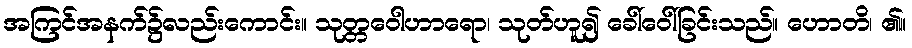
အကြင်အနက်၌လည်းကောင်း။ သုတ္တဝေါဟာရော၊ သုတ်ဟူ၍ ခေါ်ဝေါ်ခြင်းသည်။ ဟောတိ၊ ၏။